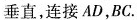
垂直，连接AD，BC.